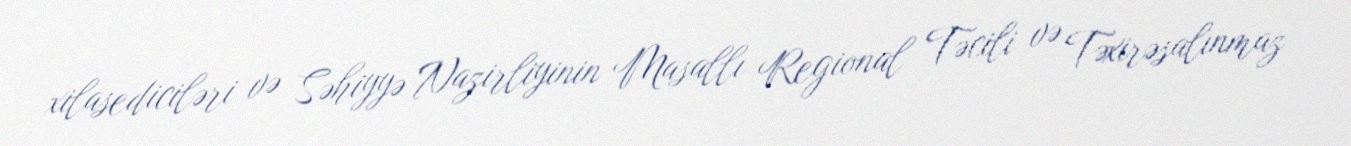
xilasediciləri və Səhiyyə Nazirliyinin Masallı Regional Təcili və Təxirəsalınmaz